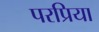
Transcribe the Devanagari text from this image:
परप्रिया